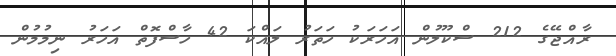
ރާއްޖޭގެ 212 ސްކޫލުން އަހަރަކު ހަތަރު ލައްކަ 42 ހާސްފޮތް އަހަރު ނިމުމުން